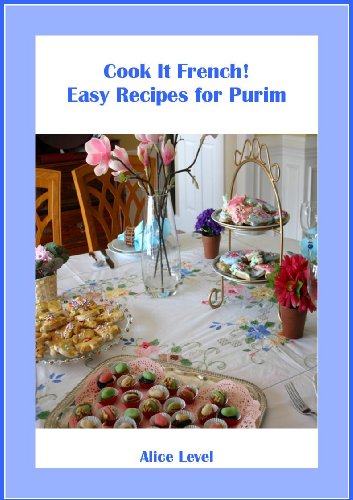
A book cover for Cook It French! Easy Recipes for Purim; Alice Level; Cookbooks, Food & Wine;